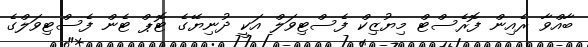
ބާއްވާ ރެއިން ފޮރެސްޓް މިޔުޒިކް ފެސްޓިވަލް އަކީ ދުނިޔޭގެ ޓޮޕް ޓެން ފެސްޓިވަލްގެ